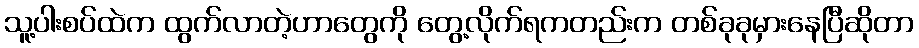
သူ့ပါးစပ်ထဲက ထွက်လာတဲ့ဟာတွေကို တွေ့လိုက်ရကတည်းက တစ်ခုခုမှားနေပြီဆိုတာ